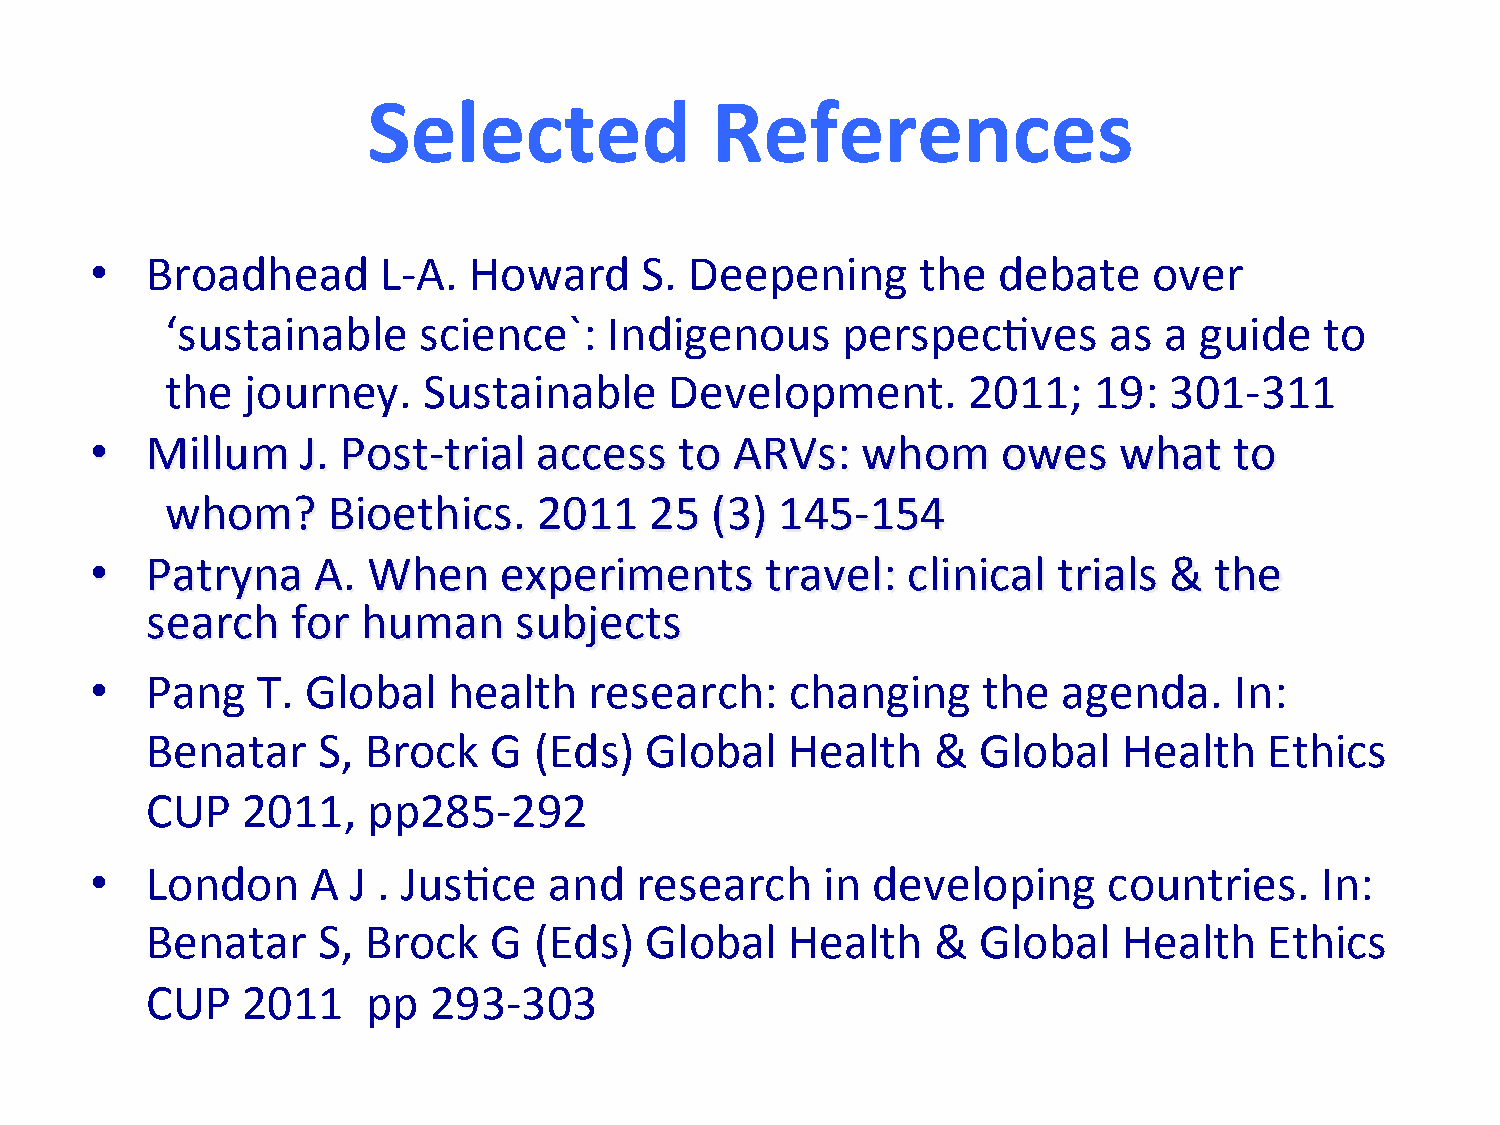
Selected               References
 •   Broadhead      L-­‐A. Howard    S.  Deepening      the  debate    over
 ‘sustainable     science`:   Indigenous      perspec/ves      as  a guide    to
 the  journey.    Sustainable     Development.        2011;   19:  301-­‐311
 •   Millum    J. Post-­‐trial access   to  ARVs:   whom     owes    what    to
 whom?      Bioethics.    2011   25  (3)  145-­‐154
 •   Patryna    A. When     experiments       travel:  clinical  trials &  the
 search   for  human     subjects
 •   Pang   T. Global    health   research:    changing     the  agenda.     In:
 Benatar    S, Brock    G (Eds)   Global   Health    &  Global   Health    Ethics
 CUP   2011,   pp285-­‐292
 •   London     A J . Jus/ce   and   research    in  developing     countries.    In:
 Benatar    S, Brock    G (Eds)   Global   Health    &  Global   Health    Ethics
 CUP   2011    pp  293-­‐303